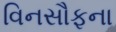
વિનસૌફના